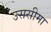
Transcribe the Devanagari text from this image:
उससीमा